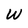
Character: W